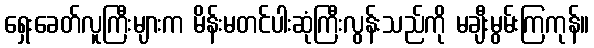
ရှေးခေတ်လူကြီးများက မိန်းမတင်ပါးဆုံကြီးလွန်းသည်ကို မချီးမွမ်းကြကုန်။